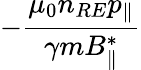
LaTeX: -\frac{\mu_{0}n_{RE}p_{\| }}{\gamma mB_{\| }^{*}}